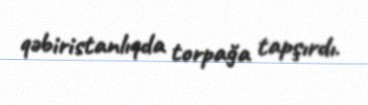
qəbiristanlıqda torpağa tapşırdı.